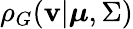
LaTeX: \rho_{G}(\mathbf{v}|\boldsymbol{\mu},\Sigma)